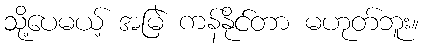
သို့ပေမယ့် အမြဲ ကန်နိုင်တာ မဟုတ်ဘူး။